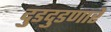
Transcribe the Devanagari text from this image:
दुडदुडणारे